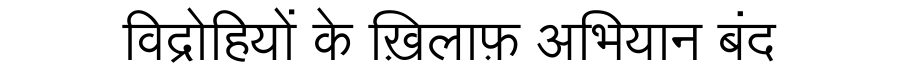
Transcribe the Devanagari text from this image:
विद्रोहियों के ख़िलाफ़ अभियान बंद